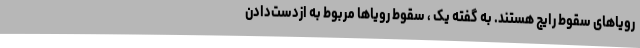
رویاهای سقوط رایج هستند. به گفته یک ، سقوط رویاها مربوط به ازدست‌دادن